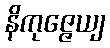
နိကုဇ္ဇေယျ